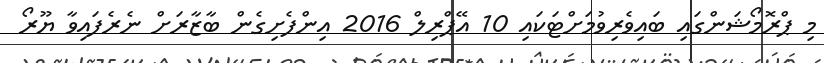
މި ޕްރޮމޯޝަންގައި ބައިވެރިވުމަށްޓަކައި 10 އޭޕްރިލް 2016 އިންފެށިގެން ބާޒާރަށް ނެރެފައިވާ ޔޫރޯ